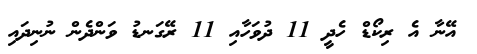
އޭނާ އެ ރިކޯޑް ހެދީ 11 ދުވަހާއި 11 ރޭގަނޑު ވަންދެން ނުނިދައި